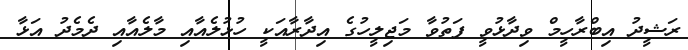
ރަޝީދު އިބްރާހީމް ވިދާޅުވީ ފަތުވާ މަޖިލީހުގެ އިދާރާއަކީ ހުޅުލެއާއި މާލެއާއި ދެމެދު އަޅާ